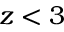
z < 3